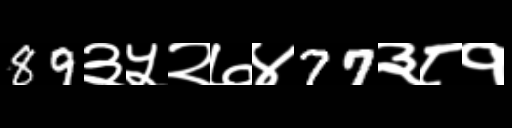
Text: 89३५२७४77३८१